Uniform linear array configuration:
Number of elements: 16
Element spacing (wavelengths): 1
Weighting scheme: cosine
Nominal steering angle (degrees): -30
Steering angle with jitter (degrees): -30.673
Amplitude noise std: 0.05
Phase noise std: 0.05

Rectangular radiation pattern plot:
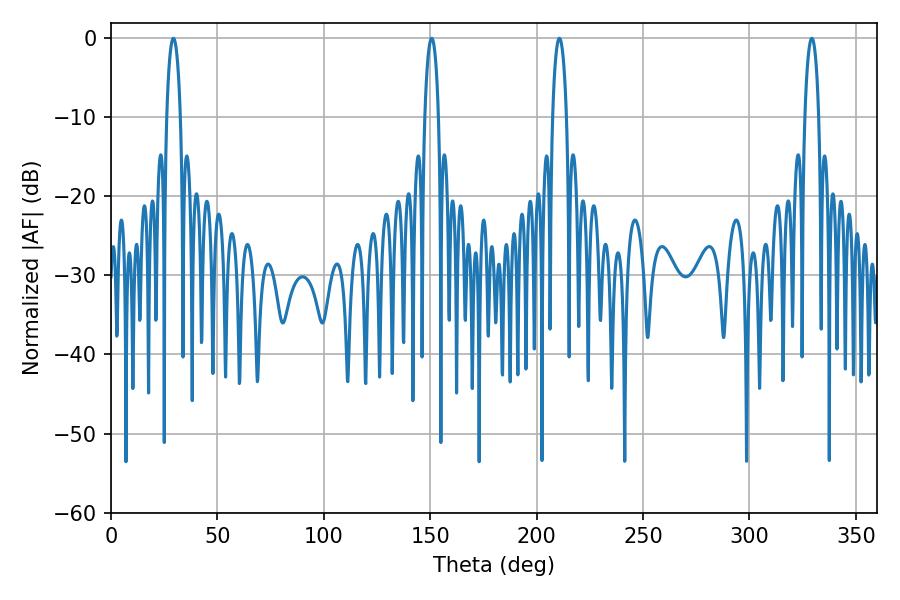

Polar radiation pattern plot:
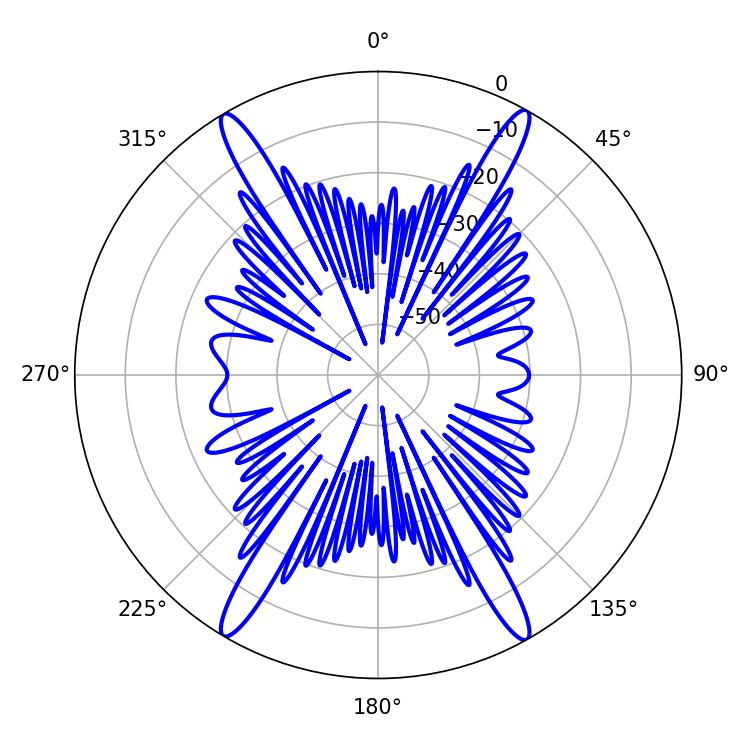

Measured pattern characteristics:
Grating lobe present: TRUE
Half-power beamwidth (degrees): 3.6
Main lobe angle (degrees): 29.34